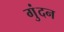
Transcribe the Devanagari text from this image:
गुंदन